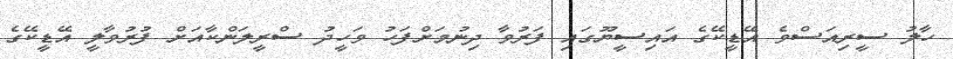
ހާލު ސީރިއަސްވެ އޭޑީކޭގެ އައިސީޔޫގައި ފަރުވާ ދިނުމަށްފަހު ވަހީދު ސްރީލަންކާއަށް ފުރުވާލީ އޭޑީކޭގެ